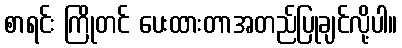
စာရင်း ကြိုတင် ပေးထားတာအတည်ပြုချင်လို့ပါ။